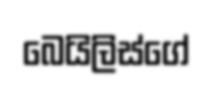
බෙයිලිස්ගේ